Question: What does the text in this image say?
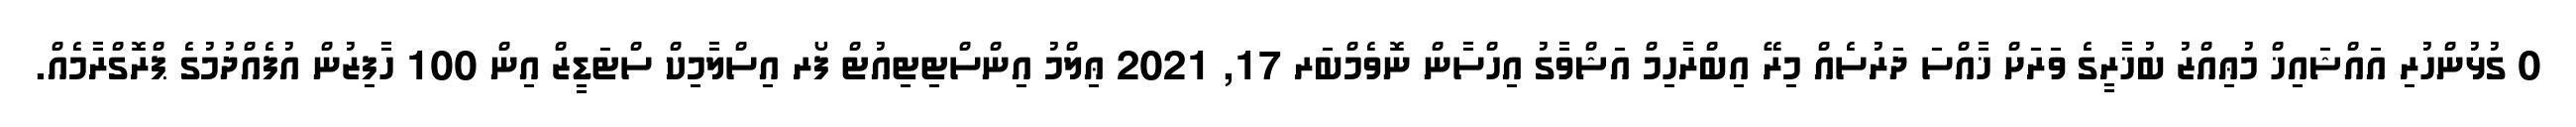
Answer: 0 ގުޅުންހުރި އައްޝައިޚް މުޢިއްޒު ބުޚާރީގެ ވަރަށް ޚާއްސަ ދަރުސެއް މިރޭ އިބްރާހިމް އަޝްވާގު އިހްސާން ނޮވެމްބަރ 17, 2021 ޢިލްމު އިންސްޓިޓިއުޓް ފޯރ އިސްލާމިކް ސްޓަޑީޒް އިން 100 ހާފިޒުން އުފެއްދުމުގެ ޕްރޮގްރާމެއް.